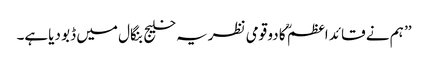
’’ ہم نے قائد اعظم ؒ کا دو قومی نظریہ خلیج بنگال میں ڈبو دیاہے۔